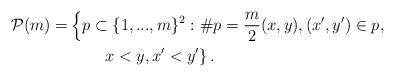
LaTeX: \begin{align*}\mathcal P(m)=&\left\{p\subset \lbrace 1,...,m\rbrace^2: \# p=\frac m2 (x,y),(x',y')\in p,\right.\\&\qquad\left.x< y,x'<y' \right\}.\end{align*}